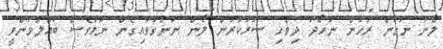
ލޯނު ނަގަން ރުހުން ނުހޯދާ ދިވެހި ސަރުކާރުން ލޯން ނަންގަވައިގެން ނަމަވެސް ބައްލަވަންވީ